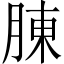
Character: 腖